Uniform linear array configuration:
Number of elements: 48
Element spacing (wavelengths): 0.5
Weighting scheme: uniform
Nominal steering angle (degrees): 15
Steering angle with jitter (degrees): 14.964
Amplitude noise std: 0.05
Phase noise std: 0.05

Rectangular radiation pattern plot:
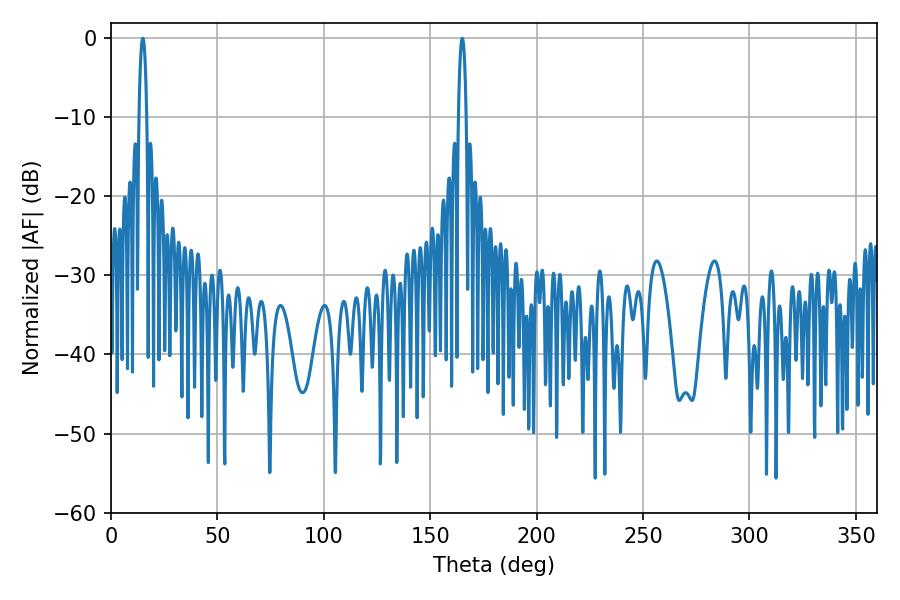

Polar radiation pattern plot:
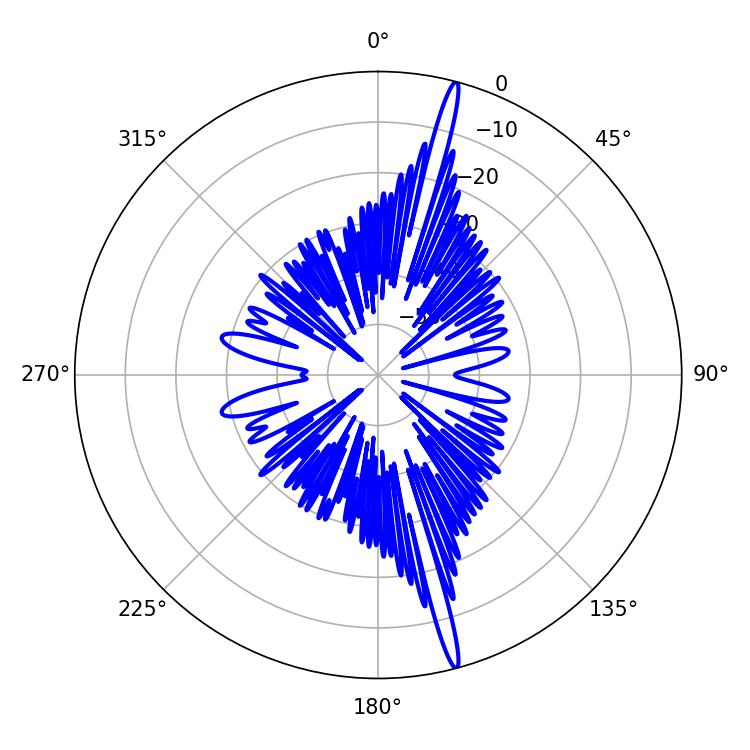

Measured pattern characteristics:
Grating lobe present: FALSE
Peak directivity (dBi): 19.626
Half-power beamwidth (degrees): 2.16
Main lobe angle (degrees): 14.94